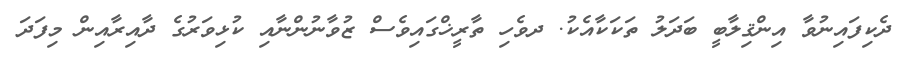
ދެކިފައިނުވާ އިންޤިލާބީ ބަދަލު ތަކަކާއެކު. ދވެހި ތާރީޚްގައިވެސް ޒުވާނުންނާއި ކުޅިވަރުގެ ދާއިރާއިން މިފަދަ